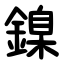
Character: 鎳